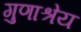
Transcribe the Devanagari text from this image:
गुणाश्रेय